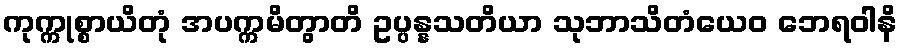
ကုက္ကုစ္စာယိတုံ အပက္ကမိတွာတိ ဥပ္ပန္နသတိယာ သုဘာသိတံယေဝ ဘေရဝါနိ